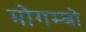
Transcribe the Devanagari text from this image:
मोगम्बो